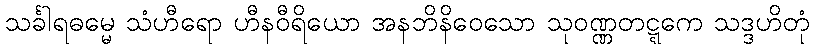
သင်္ခါရဓမ္မေ သံဟီရော ဟီနဝီရိယော အနဘိနိဝေသော သုဝဏ္ဏတဋ္ဋကေ သဒ္ဒဟိတုံ